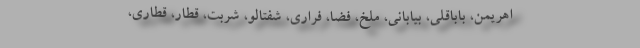
اهریمن، باباقلی، بیابانی، ملخ، فضا، فراری، شفتالو، شربت، قطار، قطاری،